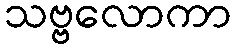
သဗ္ဗလောကာ